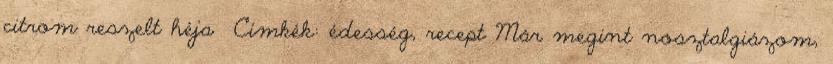
citrom reszelt héja Címkék: édesség, recept Már megint nosztalgiázom,